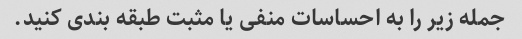
جمله زیر را به احساسات منفی یا مثبت طبقه بندی کنید.